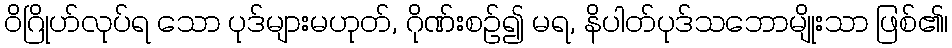
ဝိဂြိုဟ်လုပ်ရ သော ပုဒ်များမဟုတ်, ဂိုဏ်းစဉ်၍ မရ, နိပါတ်ပုဒ်သဘောမျိုးသာ ဖြစ်၏၊